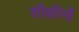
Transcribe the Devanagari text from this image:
शौक़ीनों